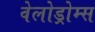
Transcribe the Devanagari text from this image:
वेलोड्रोम्स